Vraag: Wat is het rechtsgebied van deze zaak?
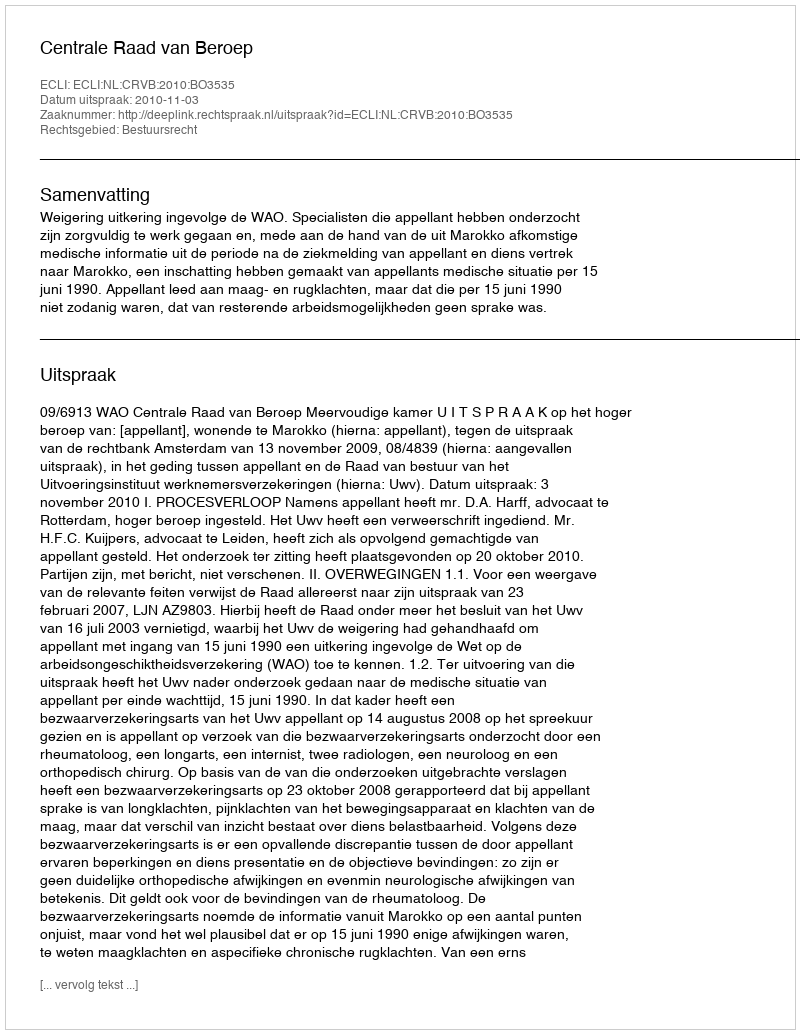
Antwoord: Bestuursrecht